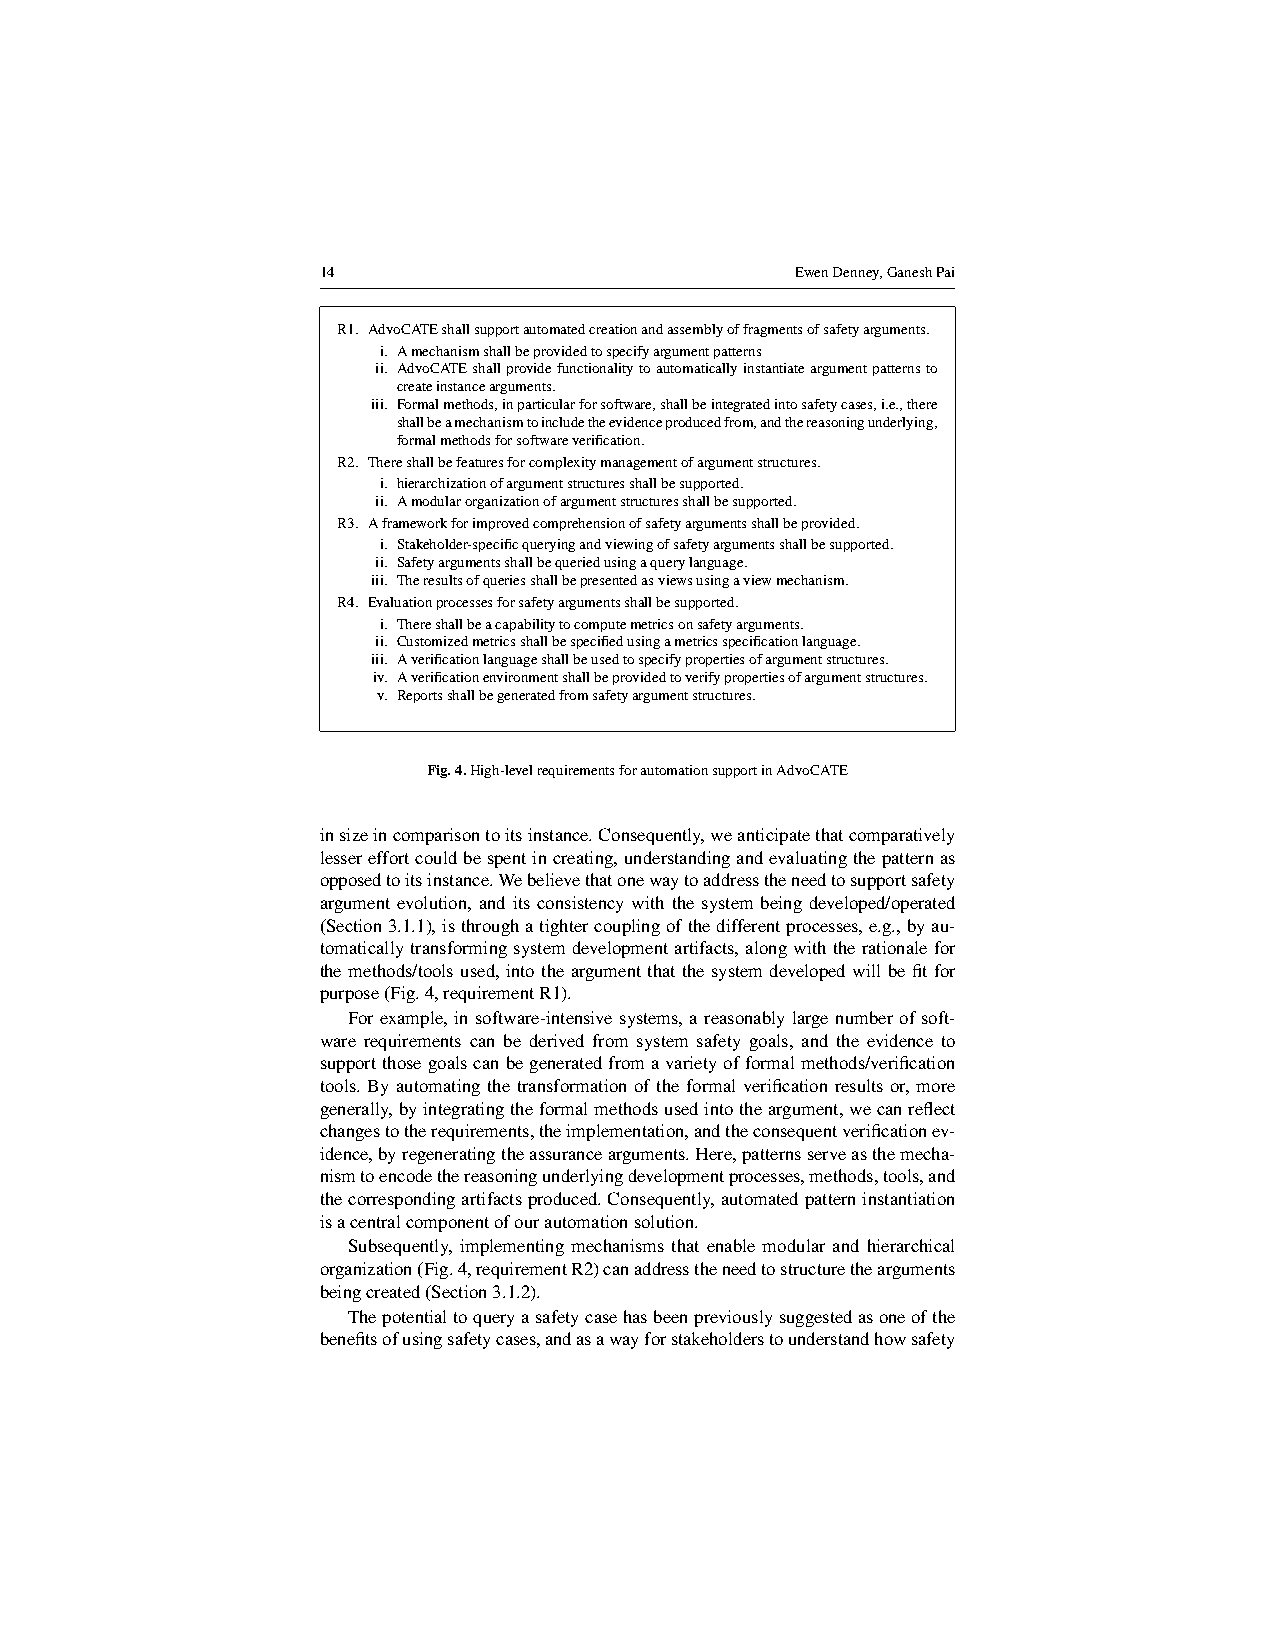
14                              EwenDenney,GaneshPai
 R1. AdvoCATEshallsupportautomatedcreationandassemblyoffragmentsofsafetyarguments.
 i. Amechanismshallbeprovidedtospecifyargumentpatterns
 ii. AdvoCATEshallprovidefunctionalitytoautomaticallyinstantiateargumentpatternsto
 createinstancearguments.
 iii. Formalmethods,inparticularforsoftware,shallbeintegratedintosafetycases,i.e.,there
 shallbeamechanismtoincludetheevidenceproducedfrom,andthereasoningunderlying,
 formalmethodsforsoftwareverification.
 R2. Thereshallbefeaturesforcomplexitymanagementofargumentstructures.
 i. hierarchizationofargumentstructuresshallbesupported.
 ii. Amodularorganizationofargumentstructuresshallbesupported.
 R3. Aframeworkforimprovedcomprehensionofsafetyargumentsshallbeprovided.
 i. Stakeholder-specificqueryingandviewingofsafetyargumentsshallbesupported.
 ii. Safetyargumentsshallbequeriedusingaquerylanguage.
 iii. Theresultsofqueriesshallbepresentedasviewsusingaviewmechanism.
 R4. Evaluationprocessesforsafetyargumentsshallbesupported.
 i. Thereshallbeacapabilitytocomputemetricsonsafetyarguments.
 ii. Customizedmetricsshallbespecifiedusingametricsspecificationlanguage.
 iii. Averificationlanguageshallbeusedtospecifypropertiesofargumentstructures.
 iv. Averificationenvironmentshallbeprovidedtoverifypropertiesofargumentstructures.
 v. Reportsshallbegeneratedfromsafetyargumentstructures.
 Fig.4.High-levelrequirementsforautomationsupportinAdvoCATE
 insizeincomparisontoitsinstance.Consequently,weanticipatethatcomparatively
 lessereffortcouldbespentincreating,understandingandevaluatingthepatternas
 opposedtoitsinstance.Webelievethatonewaytoaddresstheneedtosupportsafety
 argument evolution, and its consistency with the system being developed/operated
 (Section3.1.1),isthroughatightercouplingofthedifferentprocesses,e.g.,byau-
 tomaticallytransformingsystemdevelopmentartifacts,alongwiththerationalefor
 themethods/toolsused,intotheargumentthatthesystemdevelopedwillbefitfor
 purpose(Fig.4,requirementR1).
 Forexample,insoftware-intensivesystems,areasonablylargenumberofsoft-
 ware requirements can be derived from system safety goals, and the evidence to
 supportthosegoalscanbegeneratedfromavarietyofformalmethods/verification
 tools. By automating the transformation of the formal verification results or, more
 generally,byintegratingtheformalmethodsusedintotheargument,wecanreflect
 changestotherequirements,theimplementation,andtheconsequentverificationev-
 idence,byregeneratingtheassurancearguments.Here,patternsserveasthemecha-
 nismtoencodethereasoningunderlyingdevelopmentprocesses,methods,tools,and
 thecorrespondingartifactsproduced.Consequently,automatedpatterninstantiation
 isacentralcomponentofourautomationsolution.
 Subsequently, implementing mechanisms that enable modular and hierarchical
 organization(Fig.4,requirementR2)canaddresstheneedtostructurethearguments
 beingcreated(Section3.1.2).
 Thepotentialtoqueryasafetycasehasbeenpreviouslysuggestedasoneofthe
 benefitsofusingsafetycases,andasawayforstakeholderstounderstandhowsafety